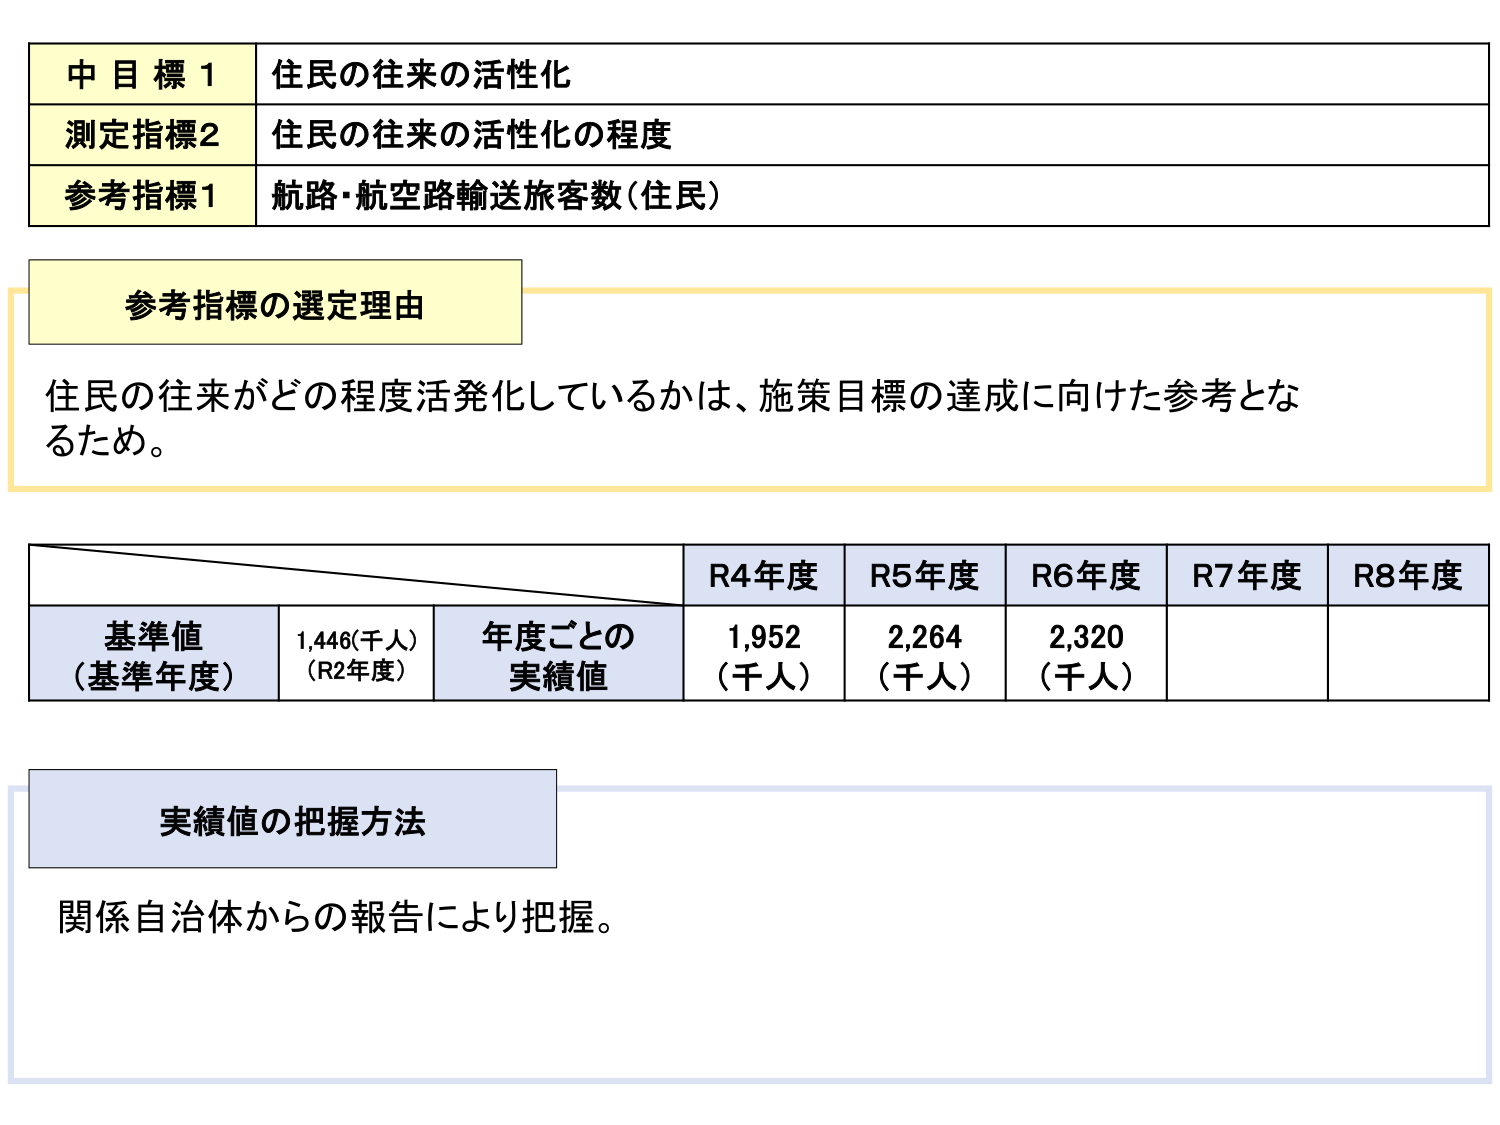
中目標1 住民の往来の活性化
測定指標2 住民の往来の活性化の程度
参考指標1 航路・航空路輸送旅客数（住民）

参考指標の選定理由
住民の往来がどの程度活発化しているかは、施策目標の達成に向けた参考となるため。

R4年度 R5年度 R6年度 R7年度 R8年度
基準値（基準年度） 1,446（千人）（R2年度） 年度ごとの実績値 1,952（千人） 2,264（千人） 2,320（千人）

実績値の把握方法
関係自治体からの報告により把握。